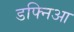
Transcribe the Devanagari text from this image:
डफ्निआ